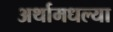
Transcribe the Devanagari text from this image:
अर्थामधल्या